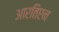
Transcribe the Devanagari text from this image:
आरतिएन